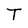
Character: T